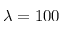
\lambda = 1 0 0